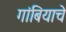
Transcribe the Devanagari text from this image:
गांबियाचे